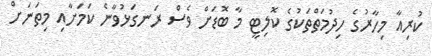
ކުރިއާ މިހާރުގެ ހިދުމަތްތަކުގެ ކޮލިޓީ މާ ބޮޑަށް ވެސް ރަނގަޅުވާނެ ކަމަށާއި މިތަނަށް